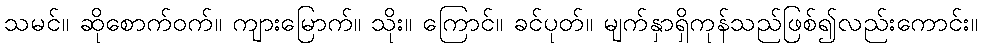
သမင်။ ဆိုစောက်ဝက်။ ကျားမြောက်။ သိုး။ ကြောင်။ ခင်ပုတ်။ မျက်နှာရှိကုန်သည်ဖြစ်၍လည်းကောင်း။